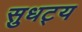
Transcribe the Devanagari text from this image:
सुधट्य